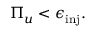
\Pi _ { u } < \epsilon _ { \mathrm { i n j } } .